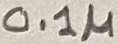
Text: 0.1µ